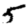
Digit: 5